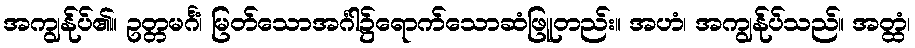
အကျွန်ုပ်၏။ ဥတ္တမင်္ဂံ၊ မြတ်သောအင်္ဂါ၌ရောက်သောဆံဖြူတည်း။ အဟံ၊ အကျွန်ုပ်သည်။ အတ္ထံ၊